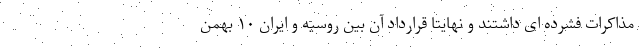
مذاکرات فشرده ای داشتند و نهایتا قرارداد آن بین روسیه و ایران ۱۰ بهمن